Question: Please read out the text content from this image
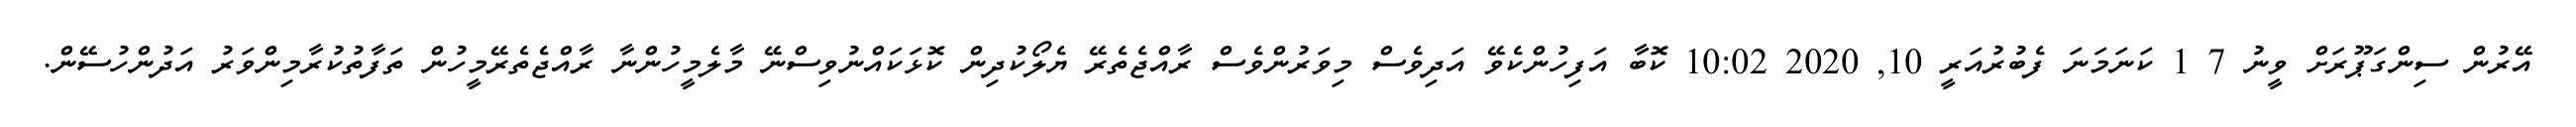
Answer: އޭރުން ސިންގަޕޫރަށް ވީނު 7 1 ކަނަމަނަ ފެބުރުއަރީ 10, 2020 10:02 ކޮބާ އަފިހުންކެވޭ އަދިވެސް މިވަރުންވެސް ރާއްޖެތެރޭ ޔެލޯކުދިން ކޮޅަކައްނުވިސްނޭ މާލެމީހުންނާ ރާއްޖެތެރޭމީހުން ތަފާތުކުރާމިންވަރު އަދުންހުސޭން.